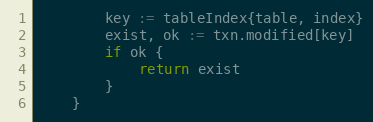
Language: Go
		key := tableIndex{table, index}
		exist, ok := txn.modified[key]
		if ok {
			return exist
		}
	}